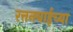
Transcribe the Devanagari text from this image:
रत्तनबाईच्या